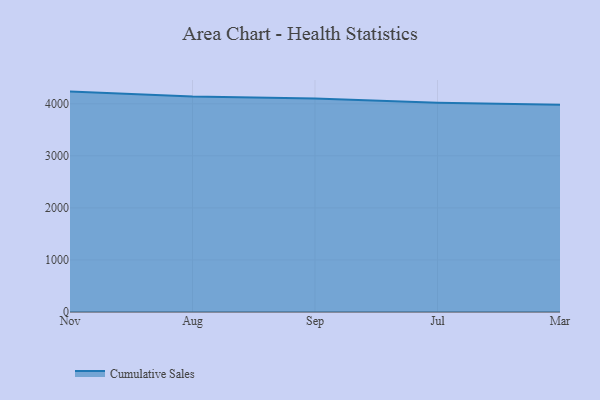
{"axis": {"x": "Month", "y": "Energy Usage (MWh)"}, "legend": ["Cumulative Sales"], "data": [{"x": "Nov", "y": 4233.8, "type": "Cumulative Sales"}, {"x": "Aug", "y": 4137.7, "type": "Cumulative Sales"}, {"x": "Sep", "y": 4099.1, "type": "Cumulative Sales"}, {"x": "Jul", "y": 4018.8, "type": "Cumulative Sales"}, {"x": "Mar", "y": 3982.1, "type": "Cumulative Sales"}]}